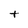
Character: t